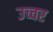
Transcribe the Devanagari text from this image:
उच्चर